Vaccination in the Punjab 1905-1918 - 1905-1918
Year: 1905
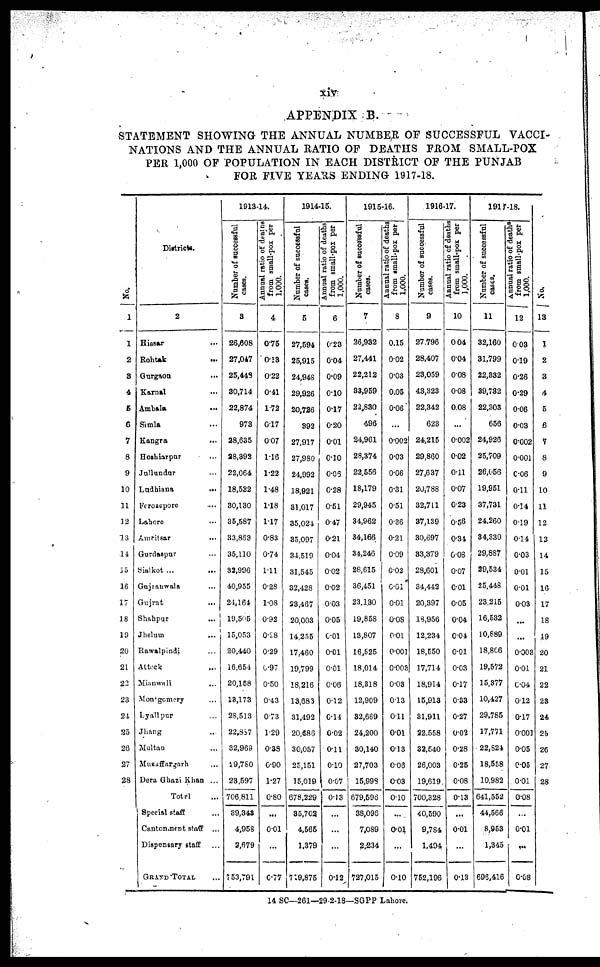
xiv
APPENDIX B.
STATEMENT SHOWING THE ANNUAL NUMBER OF SUCCESSFUL VACCI¬
NATIONS AND THE ANNUAL RATIO OF DEATHS FROM SMALL-POX
PER 1,000 OF POPULATION IN EACH DISTRICT OF THE PUNJAB
FOR FIVE YEARS ENDING 1917-18.
No.
1
1
2
3
4
5
6
7
8
9
10
11
12
13
14
15
16
17
18
19
20
21
22
23
24
25
26
27
28
Districts.
2
Hissar ...
Rohtak
...
Gurgaon ...
Karnal ...
Ambala
...
Simla
...
Kangra ...
Hoshiarpur ...
Jullundur ...
Ludhiana ...
Ferozepore ...
Lahore
...
Amritsar
...
Gurdaspur ...
Sialkot ...
Gujranwala ...
Gujrat
...
Shahpur
...
Jhelum
...
Rawalpindi ...
Attock
...
Mianwali
...
Montgomery ...
Lyallpur ...
Jhang ...
Multan ...
Muzaffargarh
...
Dera Ghazi Khan ...
Total ...
Special staff ...
Cantonment staff ...
Dispensary staff
...
GRAND TOTAL ...
1813-14.
Number of successful
cases.
3
26,608
27,047
25,448
30,714
22,874
973
28,635
18,392
22,064
18,522
30,130
35,587
33,863
35,110
32,996
40,955
24,164
19,505
15,053
20,440
16,654
20,158
13,173
28,513
22,887
32,969
29,780
23,597
706,811
39,343
4,958
2,679
753,791
Annual ratio of deaths
from small-pox per
1,000.
4
0.75
0.13
0.22
0.41
1.72
0.17
0.07
1.16
1.22
1.48
1.18
1.17
0.83
0.74
1.11
0.28
1.08
0.92
0.28
0.29
0.97
0.50
0.43
0.73
1.29
0.33
0.90
1.27
0.80
...
0.01
...
0.77
1914-15.
Number of successful
cases.
5
27,594
25,915
24,948
29,926
20,726
392
27,917
27,980
24,992
18,921
31,017
35,024
35,097
34,519
31,545
32,428
23,467
20,003
14,255
17,460
19,799
18,216
13,683
31,492
20,686
30,057
25,151
15,019
678,229
35,702
4,565
1,379
719,875
Annual ratio of deaths
from small-pox per
1,000.
6
0.23
0.04
0.09
0.10
0.17
0.20
0.01
0.10
0.06
0.28
0.51
0.47
0.21
0.04
0.02
0.02
0.03
0.05
0.01
0.01
0.01
0.06
0.12
0.14
0.02
0.11
0.10
0.07
0.13
...
...
...
0.12
1915-16.
Number of successful
cases.
7
26,933
27,441
22,212
33,959
22,830
496
24,961
28,374
22,556
18,179
29,945
34,962
34,166
34,246
28,615
36,451
23,130
19,858
13,807
16,525
18,014
18,318
12,909
32,669
24,200
30,140
27,703
15,998
679,596
38,096
7,089
2,234
727,015
Annual ratio of deaths
from small-pox per
1,000.
8
0.15
0.02
0.03
0.05
0.06
...
0.002
0.03
0.06
0.31
0.51
0.36
0.21
0.09
0.02
0.01
0.01
0.08
0.01
0.001
0.003
0.03
0.13
0.11
0.01
0.13
0.06
0.03
0.10
...
0.01
...
0.10
1916-17.
Number of successful
cases.
9
27,796
28,407
23,059
43,323
22,342
623
24,215
29,860
27,637
20,788
32,711
37,139
30,697
33,379
28,601
34,442
20,397
18,956
12,234
18,550
17,714
18,914
15,913
31,911
22,558
32,540
26,003
19,619
700,328
40,590
9,784
1,494
752,196
Annual ratio of deaths
from small-pox per
1,000.
10
0.04
0.04
0.08
0.08
0.08
...
0.002
0.02
0.11
0.07
0.23
0.56
0.34
0.08
0.07
0.01
0.05
0.04
0.04
0.01
0.03
0.17
0.33
0.27
0.02
0.28
0.25
0.08
0.13
...
0.01
...
0.13
1917-18.
Number of successful
cases.
11
32,160
31,799
22,332
39,732
22,303
656
24,926
25,709
26,056
19,951
37,731
24,260
34,330
29,887
29,534
25,448
23,215
16,532
10,889
18,806
19,572
15,377
10,427
29,785
17,771
22,824
18,558
10,982
641,552
44,566
8,953
1,345
696,416
Annual ratio of deaths
from small-pox per
1,000.
12
0.03
0.19
0.26
0.29
0.06
0.03
0.002
0.001
0.06
0.11
0.14
0.19
0.14
0.03
0.01
0.01
0.03
...
...
0.003
0.01
0.04
0.12
0.17
0.001
0.05
0.05
0.01
0.08
...
0.01
...
0.08
No.
13
1
2
3
4
5
6
7
8
9
10
11
12
13
14
15
16
17
18
19
20
21
22
23
24
25
26
27
28
14 SC—261—29-2-18—SGPP Lahore.